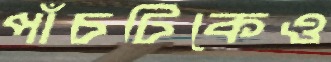
পাঁচটিকেও